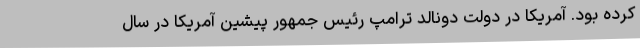
کرده بود. آمریکا در دولت دونالد ترامپ رئیس جمهور پیشین آمریکا در سال